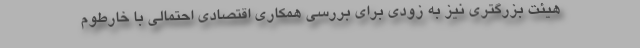
هیئت بزرگتری نیز به زودی برای بررسی همکاری اقتصادی احتمالی با خارطوم